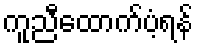
ကူညီထောက်ပံ့ရန်